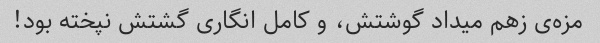
مزه‌ی زهم میداد گوشتش، و کامل انگاری گشتش نپخته بود!